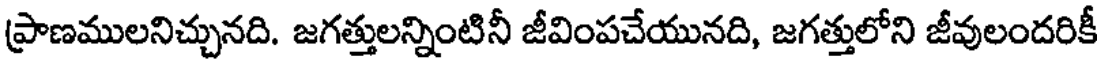
ప్రాణములనిచ్చునది. జగత్తులన్నింటినీ జీవింపచేయునది, జగత్తులోని జీవులందరికీ